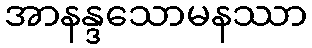
အာနန္ဒသောမနဿာ